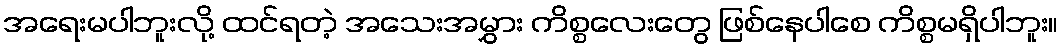
အရေးမပါဘူးလို့ ထင်ရတဲ့ အသေးအမွှား ကိစ္စလေးတွေ ဖြစ်နေပါစေ ကိစ္စမရှိပါဘူး။